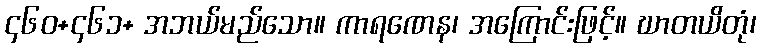
၄၆၀+၄၆၁+ အဘယ်မည်သော။ ကာရဏေန၊ အကြောင်းဖြင့်။ ဃာတယိတုံ၊